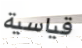
قياسية